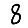
Digit: 8